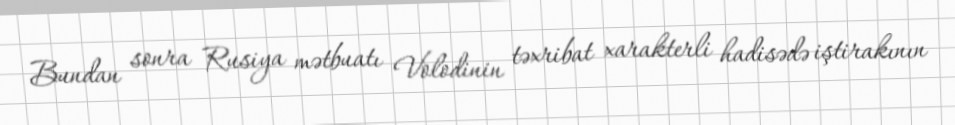
Bundan sonra Rusiya mətbuatı Volodinin təxribat xarakterli hadisədə iştirakının